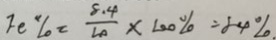
F e \% = \frac { 8 . 4 } { 1 0 } \times 1 0 0 \% = 8 4 \%